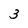
Character: 3